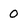
Character: 0